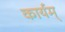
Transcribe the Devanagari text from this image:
कार्यम्